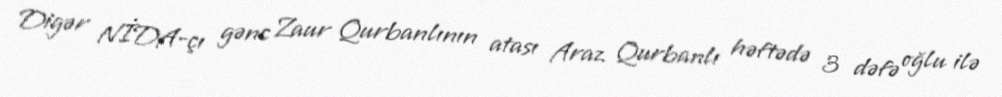
Digər NİDA-çı gənc Zaur Qurbanlının atası Araz Qurbanlı həftədə 3 dəfə oğlu ilə